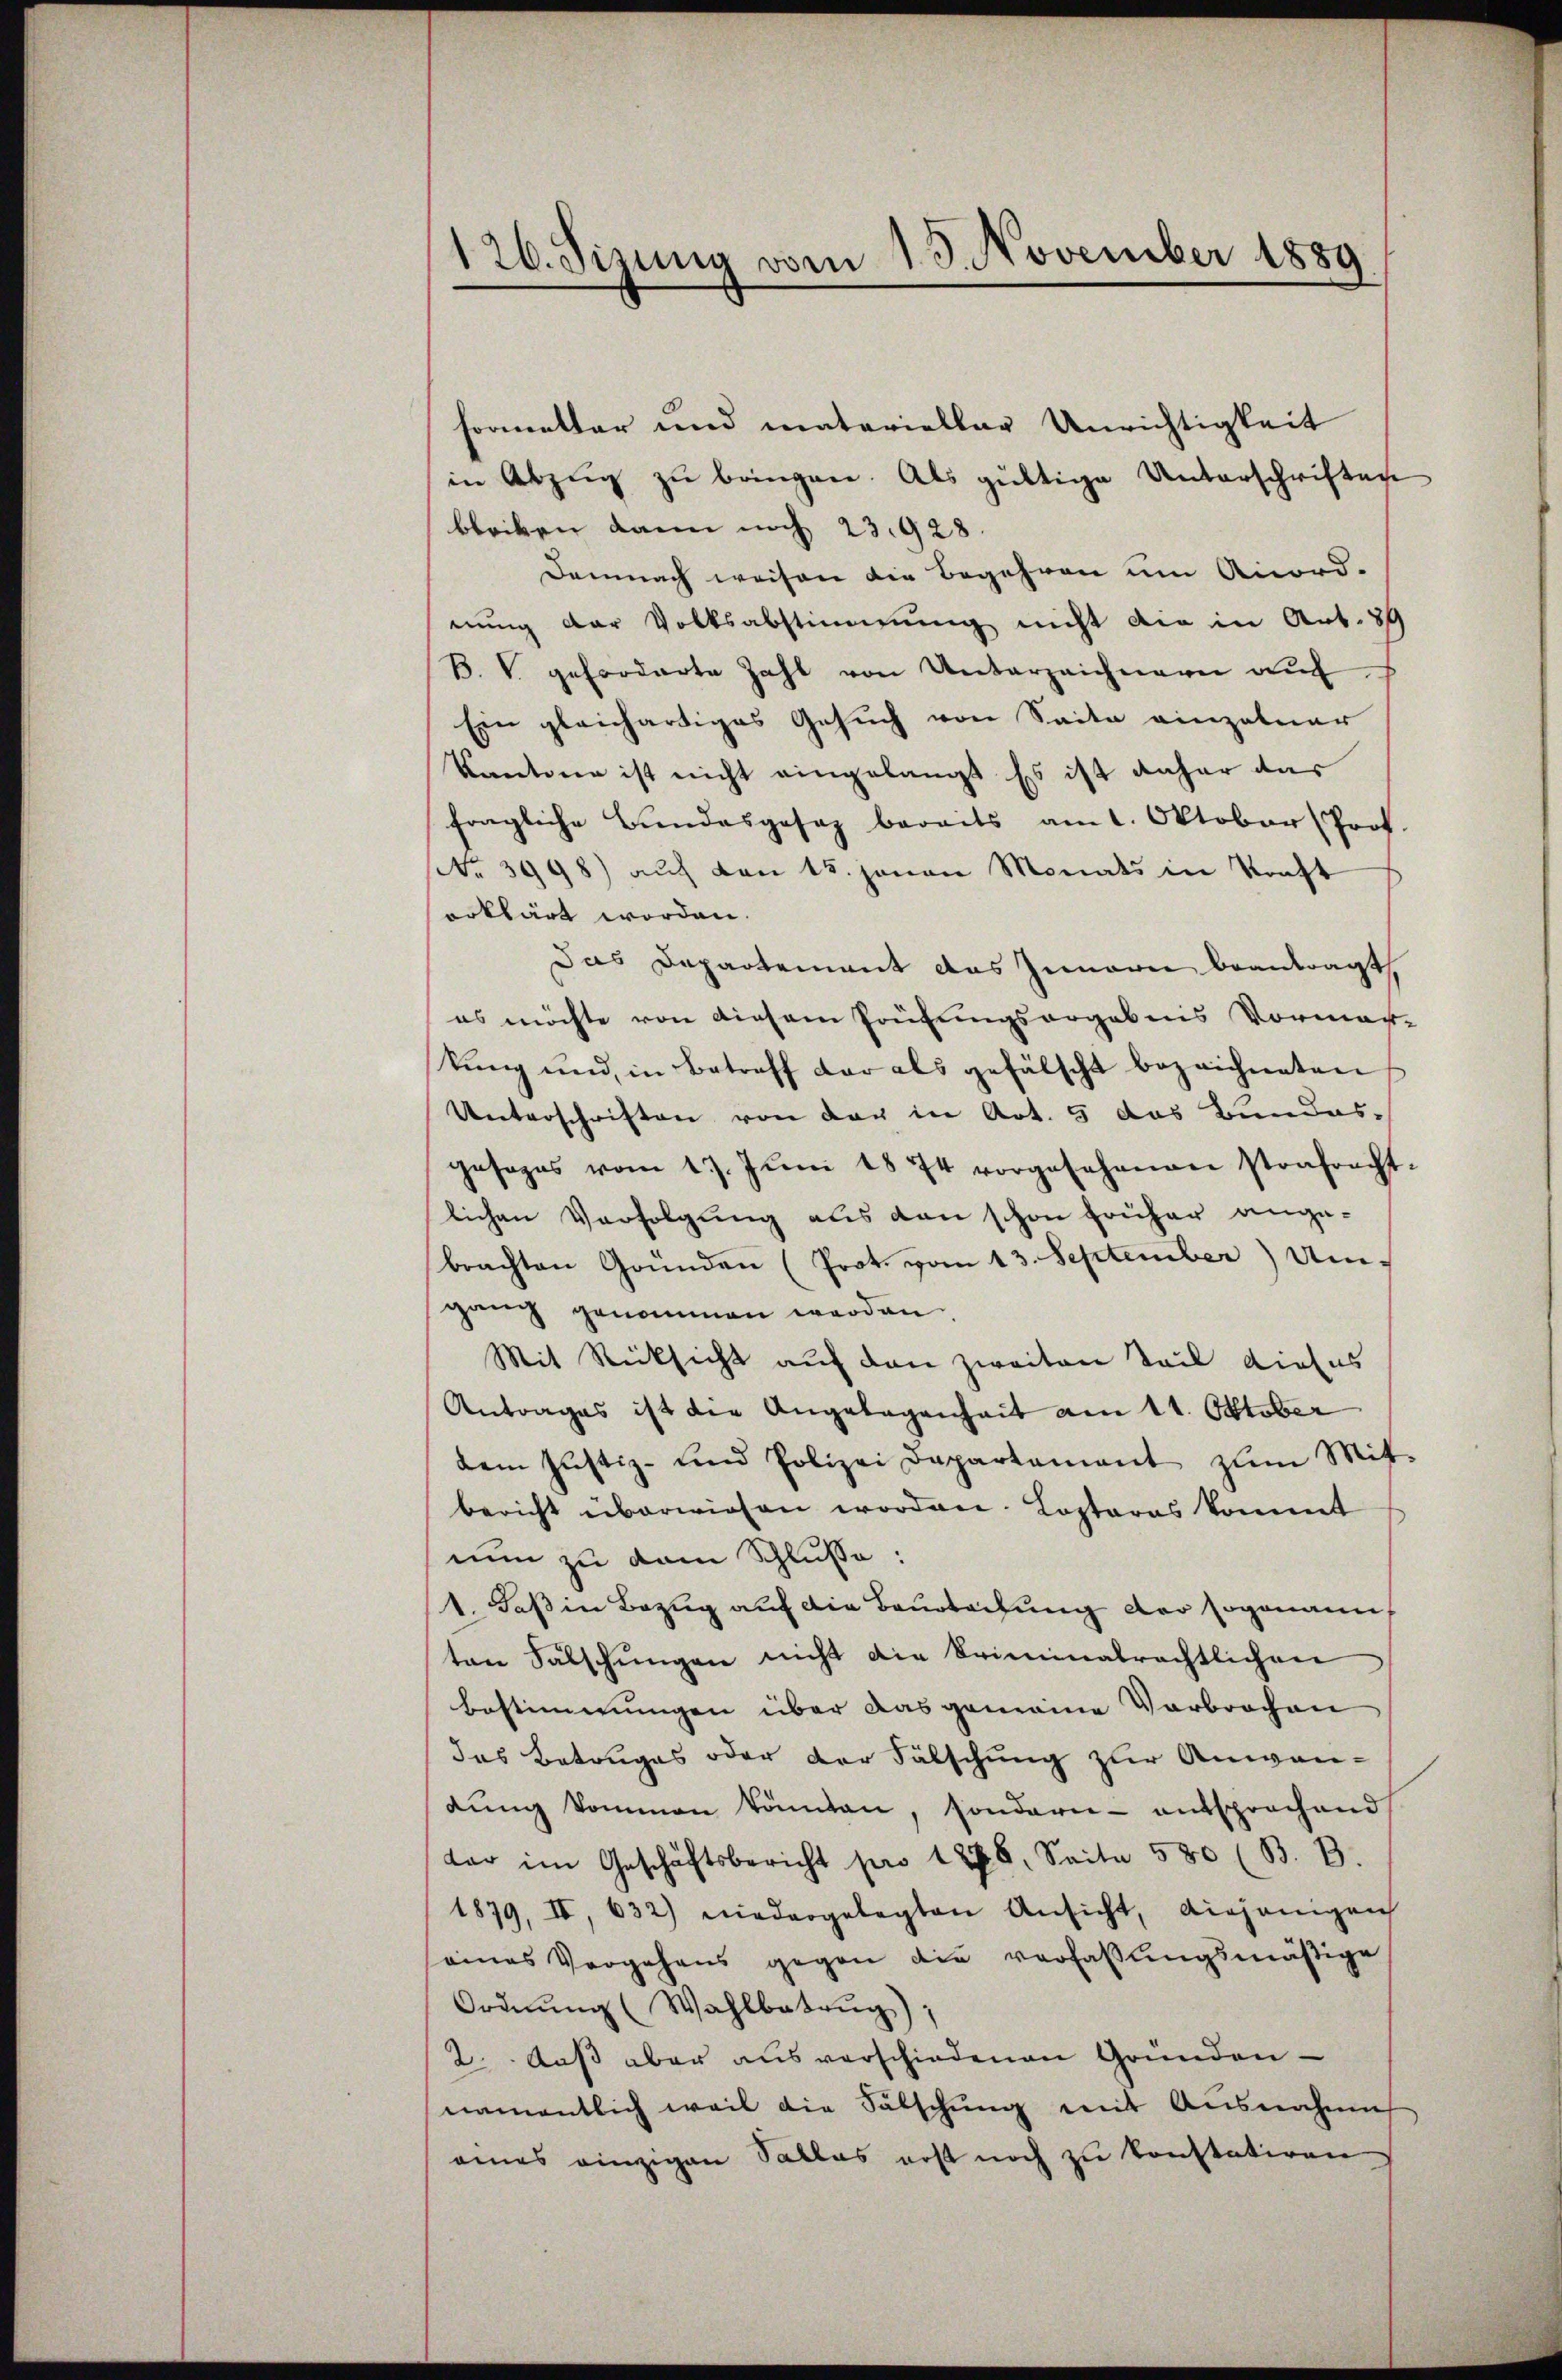
126. Jizung vom 15. November 1889

formelter und materieller Unrichtigkeit
in Abzug zu bringen. Als gültige Unterschriften
bleiben kann noch 23928.
Demnach weisen die Begehren um Anord-
nung der Volksabstimmung nicht die in Art. 89
B. V. geforderte Zahl von Unterzeichnerei aŭf
Ein gleichartiges Gesuch von Saite einzelner
Kantone ist nicht eingelangt Es ist daher das
fragliche Bundesgesez bereits am 1. Oktober (Prot.
No 3998) auf von 15. Janan Monats in Kraft
erklärt worden.
Das Departement das Innern beantragt,
es möchte von diesem Prüfungsorgebnis Vormar-
kung und in Betreff der als gefälscht bezeichneten
Unterschriften von der in Art. 5 das Bundesgesages vom 17. Jŭni 1874 vorgesehenen strafracht-
lichen Verfolgung aus den schon früher ange-
brachten Gründen (Prot. vom 13. September) Umgang genommen werden.
Mit Rücksicht auf den zweiten Teil dieses
Antrages ist die Angelegenheit am 11. Oktober
dem Justiz- und Polizei Departement zum Mit-
bericht überwiesen worden. Kosteres kommt
nun zu dem Schlusse:
1. daß in Bezug auf die Baurechung der sogenann
ten Fälschungen nicht die Kriminalrechtlichen
bestimmungen über das gemeine Verbrochen
das Betruges oder der Fälschung zur Anwen-
dŭng kommen könnten, sondern entsprochend
tar im Geschäftsbericht pro 18. Seite 580 (B. B.
1879, II, 632) niedergelegten Ansicht, diejenigen
seines Vergehens gegen die verfaßungsmäßige
Ordnung (Wahlbetrug);
2. Aus aber aus verschiedenen Gründen-
namentlich weil die Fälschŭng mit Ausnahme
eines einzigen Sallas erst noch zu konstatiren